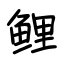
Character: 鲤